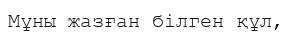
Мұны жазған білген құл,